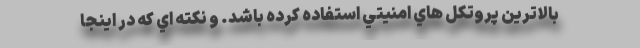
بالاترين پروتكل هاي امنيتي استفاده كرده باشد. و نكته اي كه در اينجا